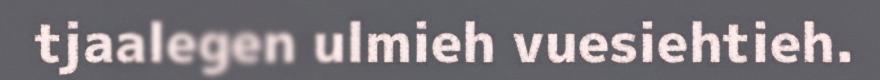
tjaalegen ulmieh vuesiehtieh.